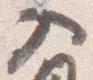
入